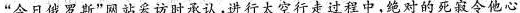
”今日俄罗斯”网站采访时承认，进行太空行走过程中，绝对的死寂令他心